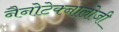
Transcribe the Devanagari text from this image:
नैनोटेक्नालोजी